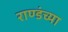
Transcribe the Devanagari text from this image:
राण्डंच्या